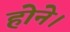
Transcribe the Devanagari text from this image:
होने।